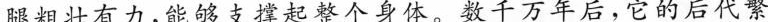
腿粗壮有力，能够支撑起整个身体。数千万年后，它的后代繁